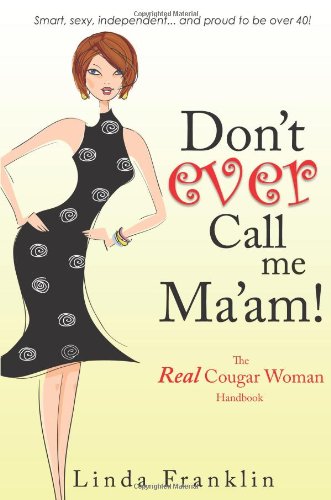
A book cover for Don't Ever Call Me Ma'am: The Real Cougar Woman Handbook; Linda Franklin; Health, Fitness & Dieting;